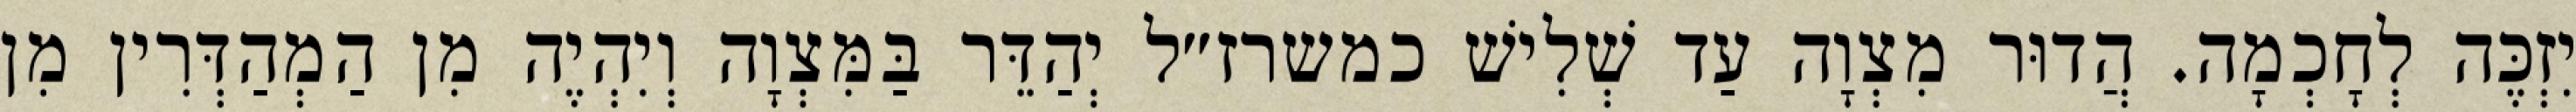
יִזְכֶּה לְחָכְמָה. הֲדוּר מִצְוָה עַד שְׁלִישׁ כמשרז״ל יְהַדֵּר בַּמִּצְוָה וְיִהְיֶה מִן הַמְהַדְּרִין מִן